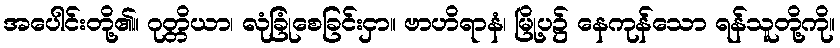
အပေါင်းတို့၏။ ဂုတ္တိယာ၊ လုံခြုံစေခြင်းငှာ။ ဗာဟိရာနံ၊ မြို့ပ၌ နေကုန်သော ရန်သူတို့ကို။